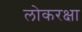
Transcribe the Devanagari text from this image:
लोकरक्षा